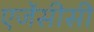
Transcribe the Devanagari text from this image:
एजेंसीसी